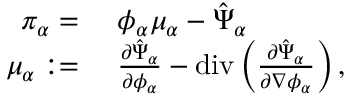
\begin{array} { r l } { \pi _ { \alpha } = } & { ~ \phi _ { \alpha } \mu _ { \alpha } - \hat { \Psi } _ { \alpha } } \\ { \mu _ { \alpha } : = } & { ~ \frac { \partial \hat { \Psi } _ { \alpha } } { \partial \phi _ { \alpha } } - \mathrm { d i v } \left( \frac { \partial \hat { \Psi } _ { \alpha } } { \partial \nabla \phi _ { \alpha } } \right) , } \end{array}